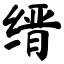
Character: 缙